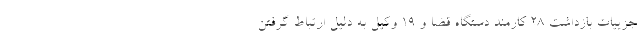
جزییات بازداشت ۲۸ کارمند دستگاه قضا و ۱۹ وکیل به دلیل ارتباط گرفتن